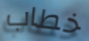
خطاب